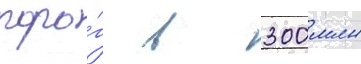
поро́г в 300 млн